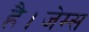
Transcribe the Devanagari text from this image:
है।जेम्स